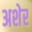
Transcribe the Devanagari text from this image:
अशेर